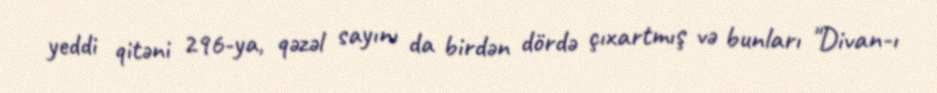
yeddi qitəni 296-ya, qəzəl sayını da birdən dördə çıxartmış və bunları "Divan-ı